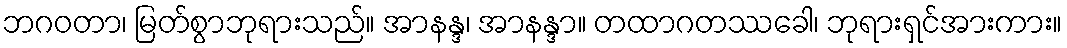
ဘဂဝတာ၊ မြတ်စွာဘုရားသည်။ အာနန္ဒ၊ အာနန္ဒာ။ တထာဂတဿခေါ၊ ဘုရားရှင်အားကား။